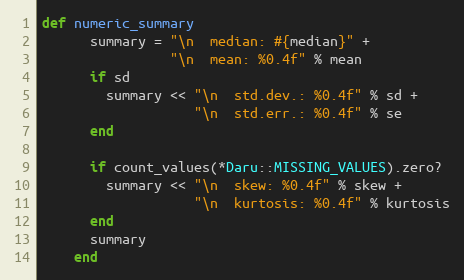
Language: Ruby
def numeric_summary
      summary = "\n  median: #{median}" +
                "\n  mean: %0.4f" % mean
      if sd
        summary << "\n  std.dev.: %0.4f" % sd +
                   "\n  std.err.: %0.4f" % se
      end

      if count_values(*Daru::MISSING_VALUES).zero?
        summary << "\n  skew: %0.4f" % skew +
                   "\n  kurtosis: %0.4f" % kurtosis
      end
      summary
    end